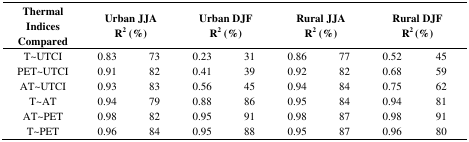
<table><thead><tr><td><b>Thermal Indices Compared</b></td><td colspan="2"><b>Urban JJA R<sup>2</sup> (%)</b></td><td colspan="2"><b>Urban DJF R<sup>2</sup> (%)</b></td><td colspan="2"><b>Rural JJA R<sup>2</sup> (%)</b></td><td colspan="2"><b>Rural DJF R<sup>2</sup> (%)</b></td></tr></thead><tbody><tr><td>T~UTCI </td><td>0.83 </td><td>73 </td><td>0.23 </td><td>31 </td><td>0.86 </td><td>77 </td><td>0.52 </td><td>45 </td></tr><tr><td>PET~UTCI </td><td>0.91 </td><td>82</td><td>0.41 </td><td>39 </td><td>0.92 </td><td>82 </td><td>0.68 </td><td>59 </td></tr><tr><td>AT~UTCI </td><td>0.93 </td><td>83 </td><td>0.56 </td><td>45 </td><td>0.94 </td><td>84 </td><td>0.75 </td><td>62 </td></tr><tr><td>T~AT </td><td>0.94 </td><td>79 </td><td>0.88 </td><td>86 </td><td>0.95 </td><td>84 </td><td>0.94 </td><td>81 </td></tr><tr><td>AT~PET </td><td>0.98 </td><td>82 </td><td>0.95 </td><td>91 </td><td>0.98 </td><td>87</td><td>0.98 </td><td>91 </td></tr><tr><td>T~PET </td><td>0.96 </td><td>84 </td><td>0.95 </td><td>88 </td><td>0.95 </td><td>87 </td><td>0.96 </td><td>80 </td></tr></tbody></table>